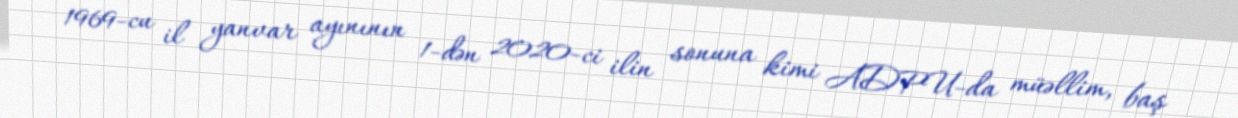
1969-cu il yanvar ayınının 1-dən 2020-ci ilin sonuna kimi ADPU-da müəllim, baş